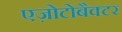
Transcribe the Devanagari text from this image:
एज़ोटोबैक्टर